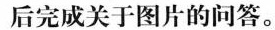
后完成关于图片的问答。